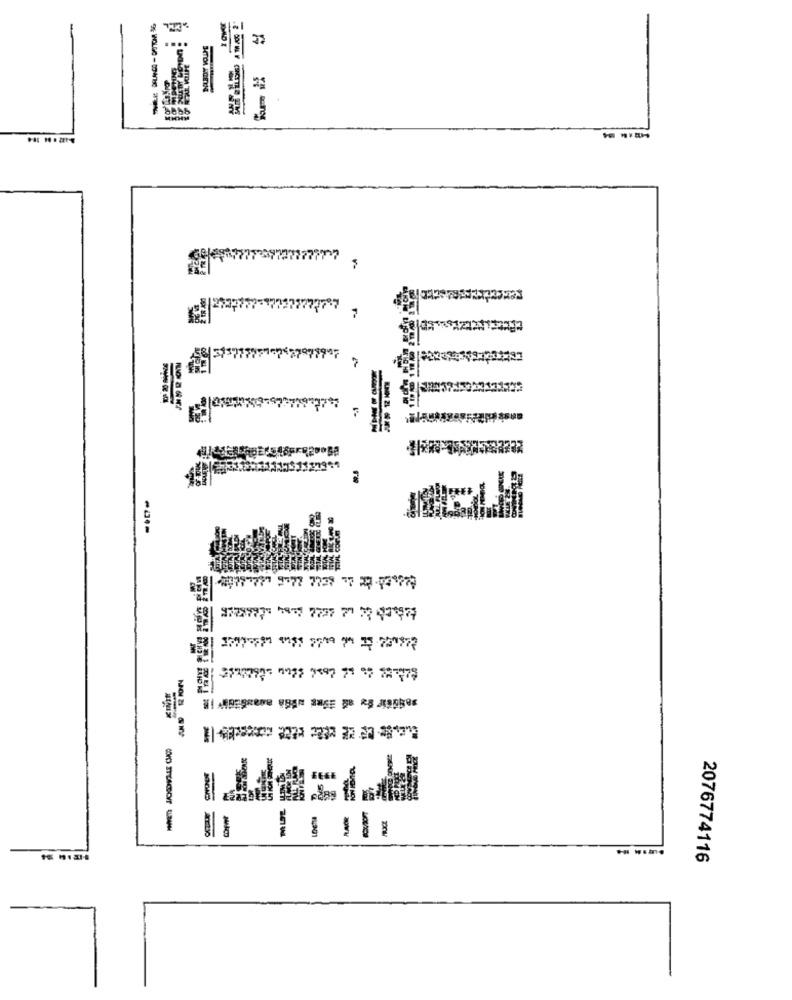
77737 7
1999
27/01-737 191 2/19 9 1 231977
-
2076774116